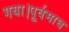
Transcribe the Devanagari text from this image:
गया।पूर्वमाघ